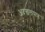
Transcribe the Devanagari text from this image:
अदखलपात्र